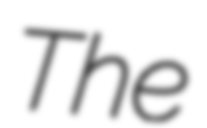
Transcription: The